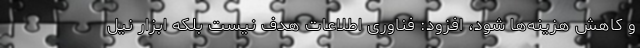
و کاهش هزینه‌ها شود، افزود: فناوری اطلاعات هدف نیست بلکه ابزار نیل